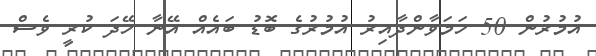
އުމުރުން 50 ހަމަވާންދާއިރު އުމުރުގެ ބޮޑު ބައެއް އޭނާ ހޭދަ ކުރީ ވެސް